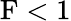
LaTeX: \textup{F}<1